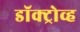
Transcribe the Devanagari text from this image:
डॉक्ट्रोव्ह